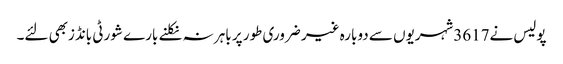
پولیس نے3617شہریوں سے دوبارہ غیر ضروری طور پر باہر نہ نکلنے بارے شورٹی بانڈزبھی لئے۔